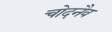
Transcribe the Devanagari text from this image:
चोदनैव